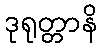
ဒုရုတ္တာနိ